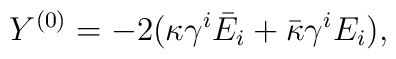
Y^{(0)} = -2 (\kappa \gamma^{i} \bar{E}_{i} + \bar{\kappa} \gamma^{i} E_{i}) ,